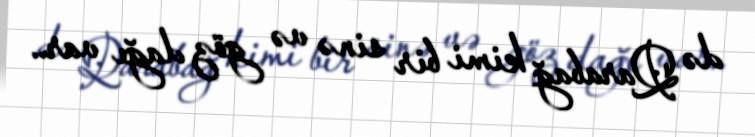
də Qarabağ kimi bir sinə və göz dağı var..